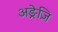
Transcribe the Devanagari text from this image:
अङ्रेज़ि